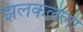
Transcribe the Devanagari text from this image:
झलकलेला